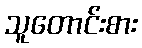
သူတောင်းစား